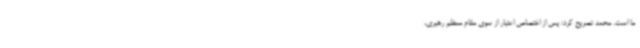
ما است. محمد تصریح کرد: پس از اختصاص اعتبار از سوی مقام معظم رهبری،